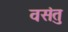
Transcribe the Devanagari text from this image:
वसंतु